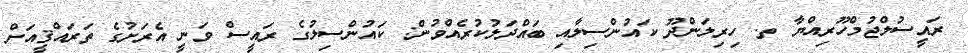
ރައީސުލްޖުމްހޫރިއްޔާ ތ. ހިރިލަންދޫ ކައުންސިލާއި ބައްދަލުކުރެއްވުން: ކައުންސިލުގެ ރައީސް ވަނީ އެރަށުގެ ތަރައްޤީއަށް